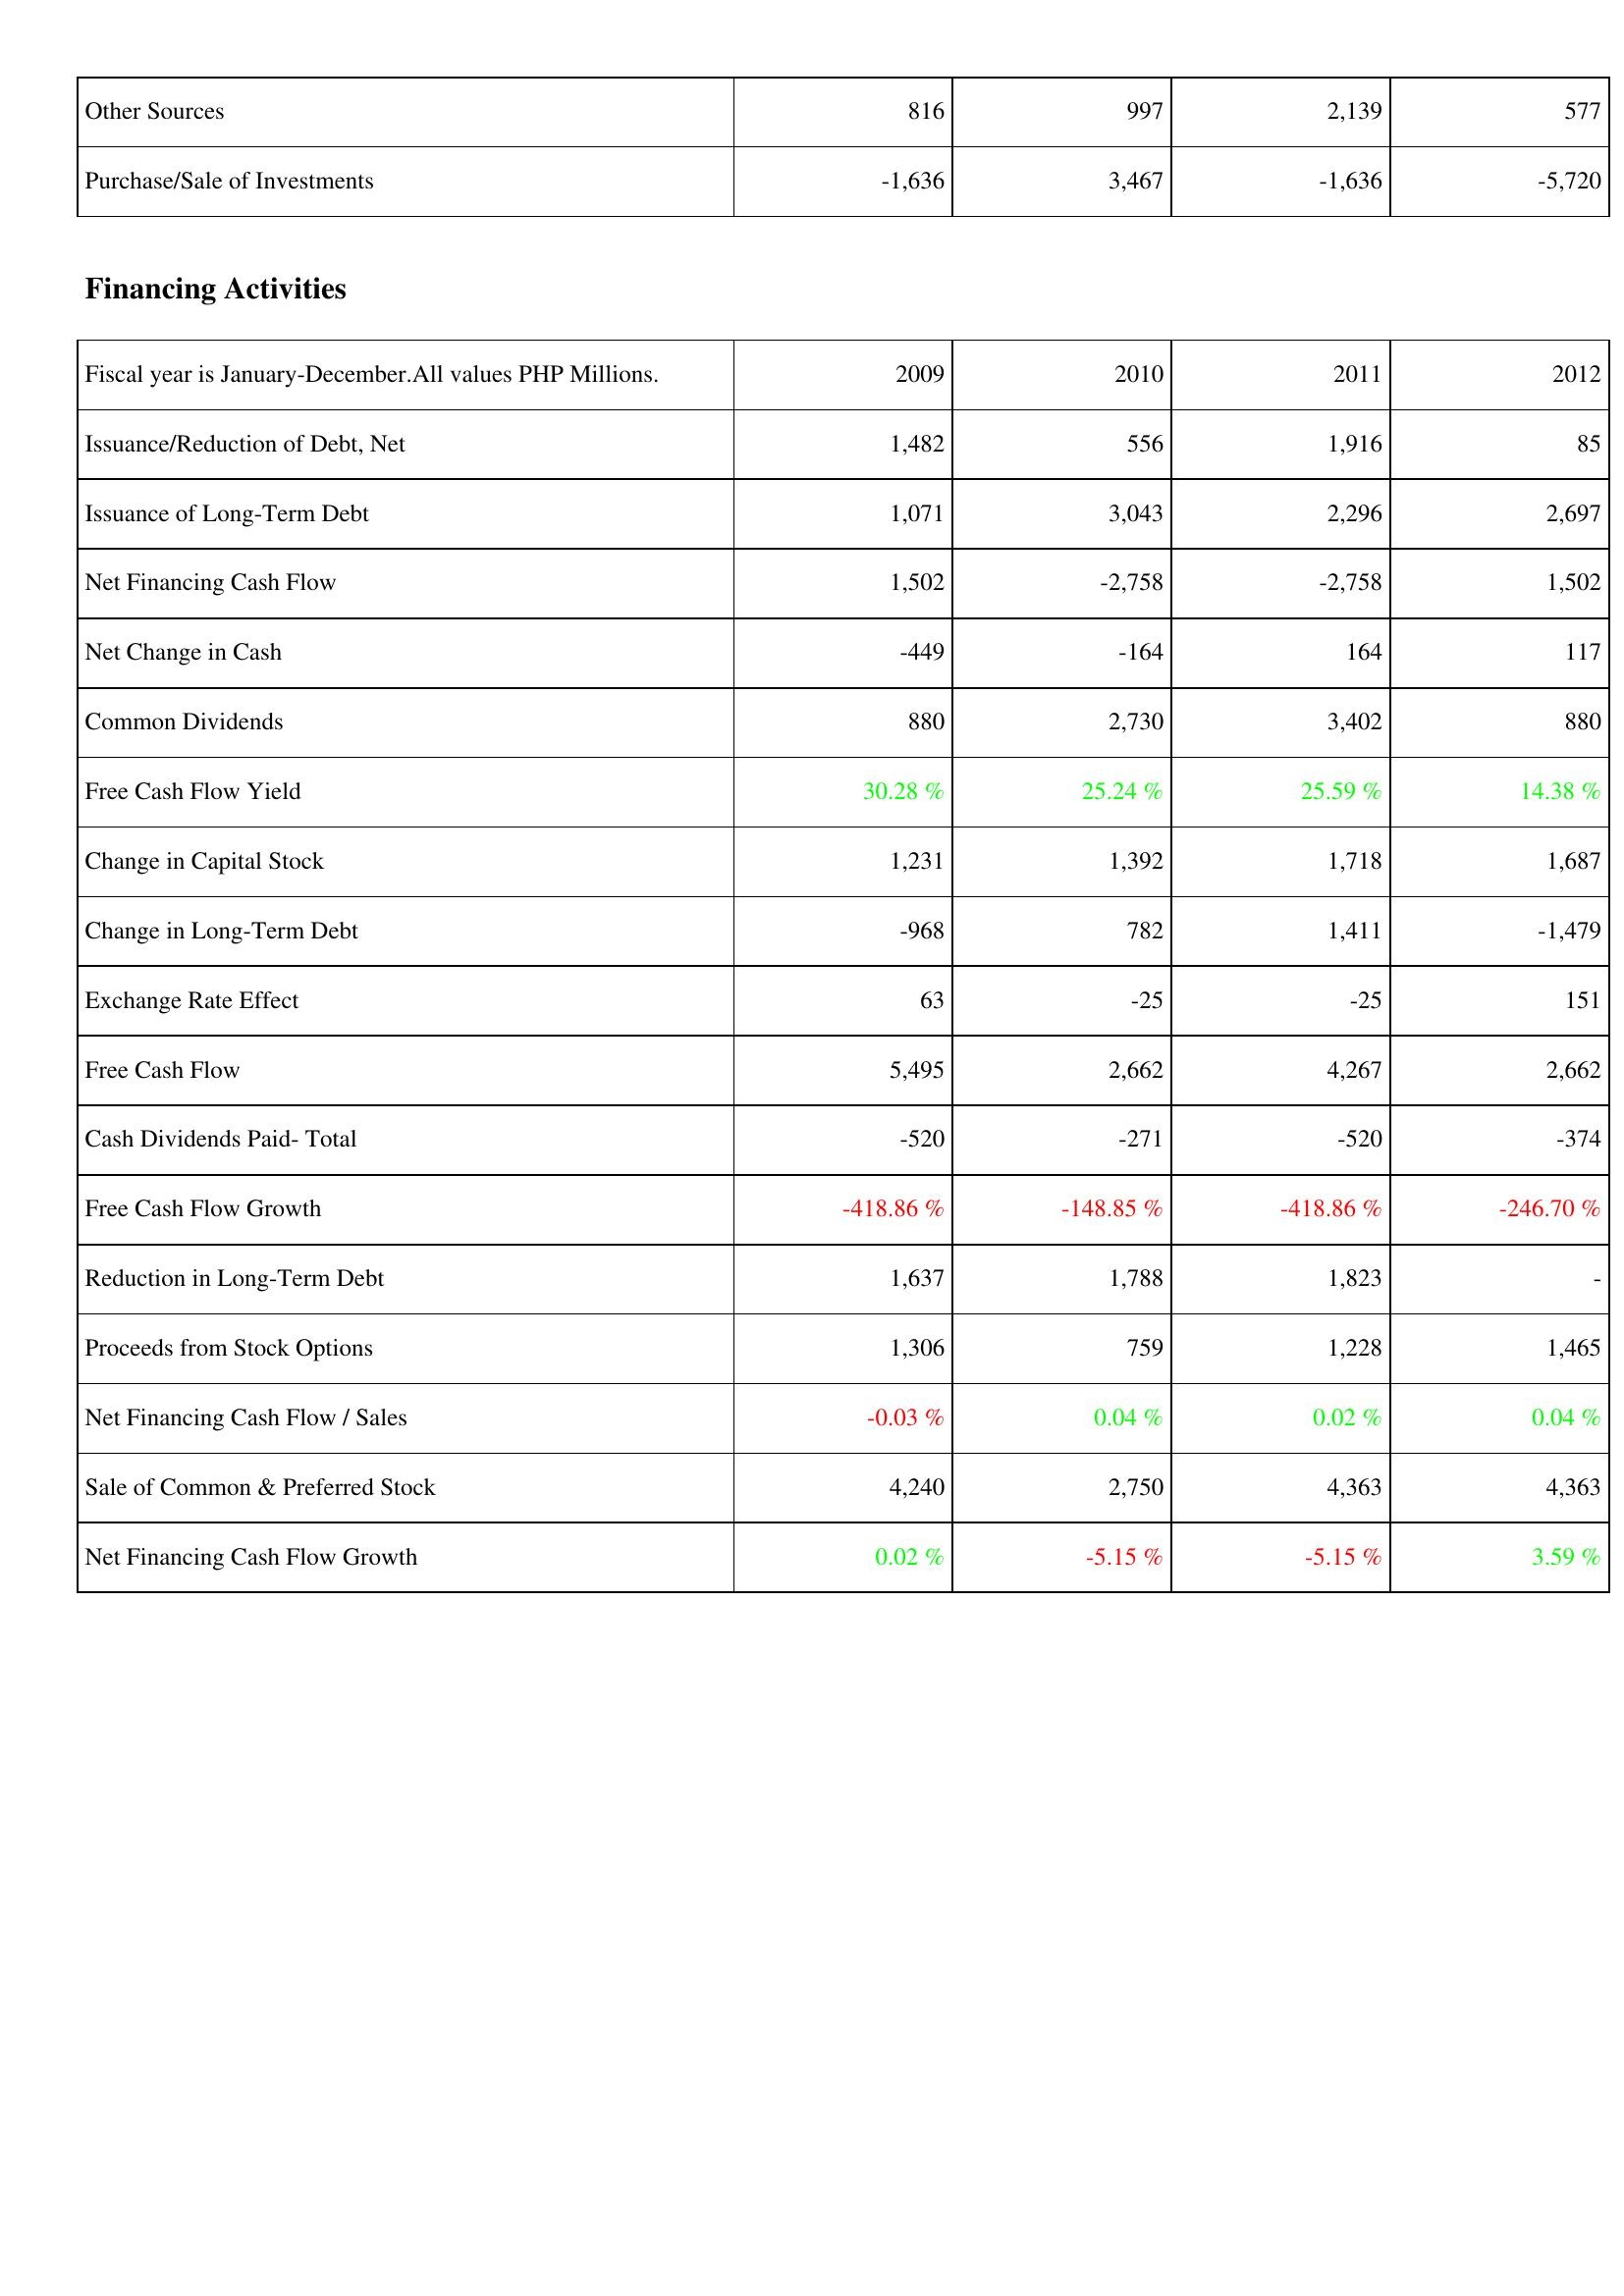
2009: Investing Activities: Other Sources: 816
Purchase/Sale of Investments: -1,636
Financing Activities: Issuance/Reduction of Debt, Net: 1,482
Issuance of Long-Term Debt: 1,071
Net Financing Cash Flow: 1,502
Net Change in Cash: -449
Common Dividends: 880
Free Cash Flow Yield: 30.28 %
Change in Capital Stock: 1,231
Change in Long-Term Debt: -968
Exchange Rate Effect: 63
Free Cash Flow: 5,495
Cash Dividends Paid- Total: -520
Free Cash Flow Growth: -418.86 %
Reduction in Long-Term Debt: 1,637
Proceeds from Stock Options: 1,306
Net Financing Cash Flow / Sales: -0.03 %
Sale of Common & Preferred Stock: 4,240
Net Financing Cash Flow Growth: 0.02 %
2010: Investing Activities: Other Sources: 997
Purchase/Sale of Investments: 3,467
Financing Activities: Issuance/Reduction of Debt, Net: 556
Issuance of Long-Term Debt: 3,043
Net Financing Cash Flow: -2,758
Net Change in Cash: -164
Common Dividends: 2,730
Free Cash Flow Yield: 25.24 %
Change in Capital Stock: 1,392
Change in Long-Term Debt: 782
Exchange Rate Effect: -25
Free Cash Flow: 2,662
Cash Dividends Paid- Total: -271
Free Cash Flow Growth: -148.85 %
Reduction in Long-Term Debt: 1,788
Proceeds from Stock Options: 759
Net Financing Cash Flow / Sales: 0.04 %
Sale of Common & Preferred Stock: 2,750
Net Financing Cash Flow Growth: -5.15 %
2011: Investing Activities: Other Sources: 2,139
Purchase/Sale of Investments: -1,636
Financing Activities: Issuance/Reduction of Debt, Net: 1,916
Issuance of Long-Term Debt: 2,296
Net Financing Cash Flow: -2,758
Net Change in Cash: 164
Common Dividends: 3,402
Free Cash Flow Yield: 25.59 %
Change in Capital Stock: 1,718
Change in Long-Term Debt: 1,411
Exchange Rate Effect: -25
Free Cash Flow: 4,267
Cash Dividends Paid- Total: -520
Free Cash Flow Growth: -418.86 %
Reduction in Long-Term Debt: 1,823
Proceeds from Stock Options: 1,228
Net Financing Cash Flow / Sales: 0.02 %
Sale of Common & Preferred Stock: 4,363
Net Financing Cash Flow Growth: -5.15 %
2012: Investing Activities: Other Sources: 577
Purchase/Sale of Investments: -5,720
Financing Activities: Issuance/Reduction of Debt, Net: 85
Issuance of Long-Term Debt: 2,697
Net Financing Cash Flow: 1,502
Net Change in Cash: 117
Common Dividends: 880
Free Cash Flow Yield: 14.38 %
Change in Capital Stock: 1,687
Change in Long-Term Debt: -1,479
Exchange Rate Effect: 151
Free Cash Flow: 2,662
Cash Dividends Paid- Total: -374
Free Cash Flow Growth: -246.70 %
Reduction in Long-Term Debt: -
Proceeds from Stock Options: 1,465
Net Financing Cash Flow / Sales: 0.04 %
Sale of Common & Preferred Stock: 4,363
Net Financing Cash Flow Growth: 3.59 %